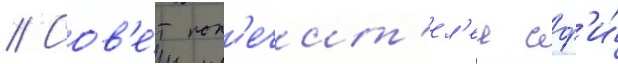
// Сов'е́т поп'ечит'ел'еи сф'и́